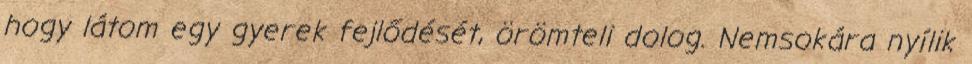
hogy látom egy gyerek fejlődését, örömteli dolog. Nemsokára nyílik